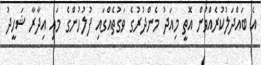
އެ ބައްދަލުކުރެއްވުން އޮތީ މިއަދު މެންދުރުގެ ވަގުތެއްގައި ފުލުހުންގެ މައި އިދާރާ ޝަހީދު